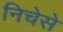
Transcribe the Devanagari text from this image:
निचेसे